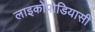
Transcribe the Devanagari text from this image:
लाइकोपोडियासी